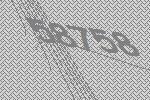
58758